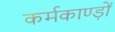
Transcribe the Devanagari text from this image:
कर्मकाण्ड़ों